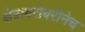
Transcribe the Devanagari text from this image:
क्षेत्राबरोबरीनेच